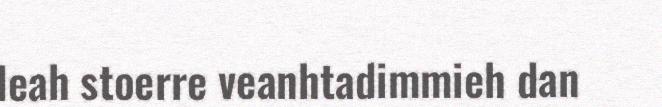
leah stoerre veanhtadimmieh dan